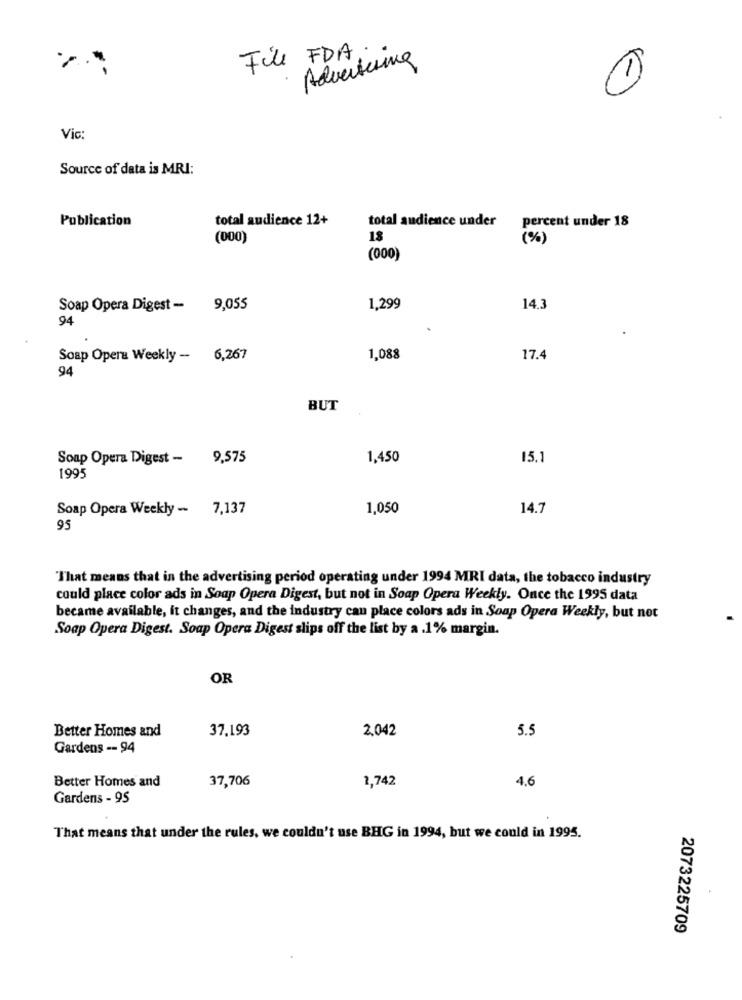
File FDA.
Advertising
1
Vic:
Source of data is MRI:
Publication
total audience 12+
total audience under
percent under 18
(000)
(%)
(000)
Soap Opera Digest - 9,055
1,299
14.3
94
Soap Opera Weekly - 6,267
1,088
17.4
94
BUT
Soap Opera Digest - 9,575
1,450
15.1
1995
Soap Opera Weekly - 7,137
1,050
14.7
95
"That means that in the advertising period operating under 1994 MRI data, the tobacco industry
could place color ads in Soap Opera Digest, but not in Soap Opera Weekly. Once the 1995 data
became available, it changes, and the industry can place colors ads in Soap Opera Weekly, but not
Soap Opera Digest. Soap Opera Digest slips off the list by a .1% margin.
OR
37,193
2.042
5.5
Better Homes and
Gardens -- 94
37,706
1,742
4.6
Better Homes and
Gardens - 95
That means that under the rules, we couldn't use BHG in 1994, but we could in 1995.
2073225709